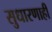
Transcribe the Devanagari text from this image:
सुधारणाही